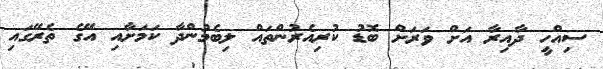
ސިއްހީ ދާއިރާ އަށް ވަރަށް ބޮޑު ކުރިއެރުންތައް ލިބެމުންދާ ކަމަށާއި އޭގެ ތެރޭގައި